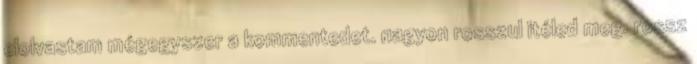
elolvastam mégegyszer a kommentedet. nagyon rosszul itéled meg. rossz